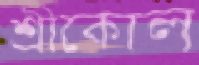
শ্রীকোল